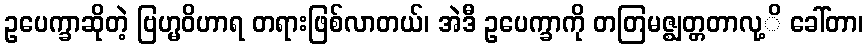
ဥပေက္ခာဆိုတဲ့ ဗြဟ္မဝိဟာရ တရားဖြစ်လာတယ်၊ အဲဒီ ဥပေက္ခာကို တတြမဇ္ဈတ္တတာလု့ိ ခေါ်တာ၊